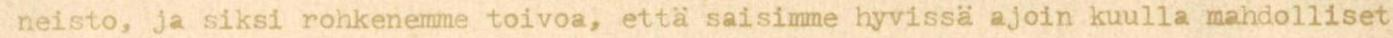
neisto, ja siksi rohkenemme toivoa, että saisimme hyvissä ajoin kuulla mahdolliset